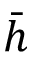
\bar { h }